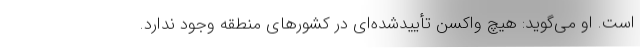
است. او می‌گوید: هیچ واکسن تأییدشده‌ای در کشورهای منطقه وجود ندارد.